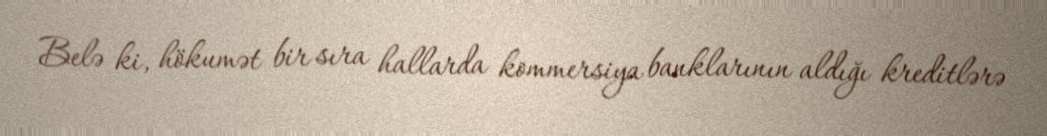
Belə ki, hökumət bir sıra hallarda kommersiya banklarının aldığı kreditlərə